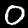
Digit: 0